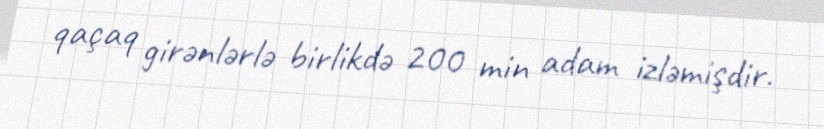
qaçaq girənlərlə birlikdə 200 min adam izləmişdir.